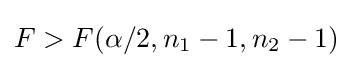
F>F(\alpha /2,n_{1}-1,n_{2}-1)